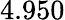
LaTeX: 4.950